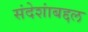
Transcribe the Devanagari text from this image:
संदेशांबद्दल